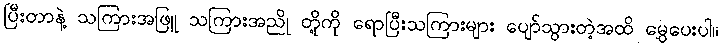
ပြီးတာနဲ့ သကြားအဖြူ သကြားအညို တို့ကို ရောပြီးသကြားများ ပျော်သွားတဲ့အထိ မွှေပေးပါ။